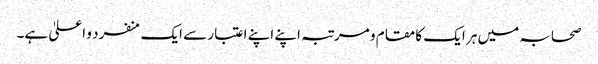
صحابہ میں ہر ایک کا مقام و مرتبہ اپنے اپنے اعتبار سے ایک منفرد و اعلیٰ ہے۔